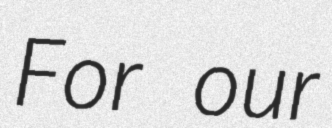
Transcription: For our